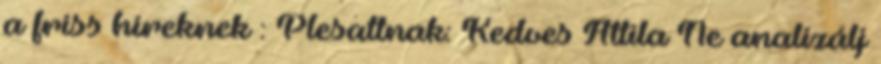
a friss híreknek : Plesattnak: Kedves Attila Ne analizálj